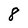
Character: 8